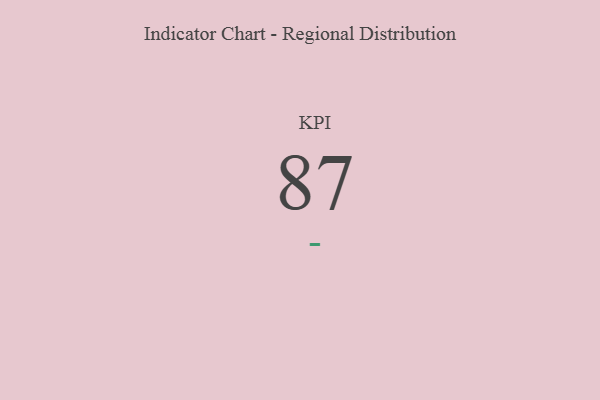
{"axis": {"x": "KPI", "y": "Value"}, "legend": [""], "data": [{"x": "KPI", "y": 87, "type": ""}]}